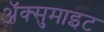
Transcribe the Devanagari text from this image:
अॅक्सुमाइट